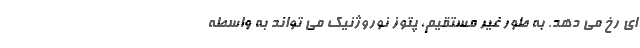
ای رخ می دهد. به طور غیر مستقیم، پتوز نوروژنیک می تواند به واسطه